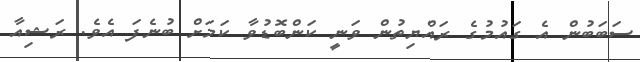
ސަބަބުން އެ ގައުމުގެ ރައްޔިތުން ވަނީ ކަންބޮޑުވާ ކަމަށް ބުނެފަ އެވެ. ރަޝިއާ